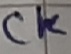
Text: Ck